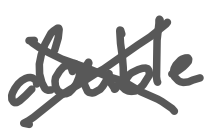
Text: double
Cross-out: cross
Writing tool: digital_gray